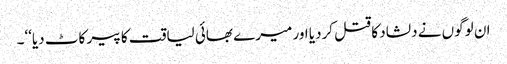
ان لوگوں نے دلشاد کا قتل کردیا اور میرے بھائی لیاقت کا پیر کاٹ دیا‘‘۔